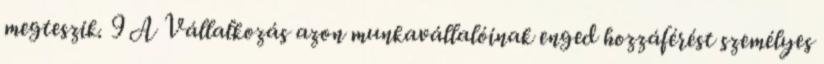
megteszik. 9 A Vállalkozás azon munkavállalóinak enged hozzáférést személyes